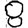
Digit: 8